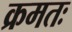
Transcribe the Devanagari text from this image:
क्रमतः